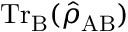
\mathrm { T r } _ { \mathrm { B } } ( \hat { \rho } _ { \mathrm { A B } } )